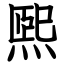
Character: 煕